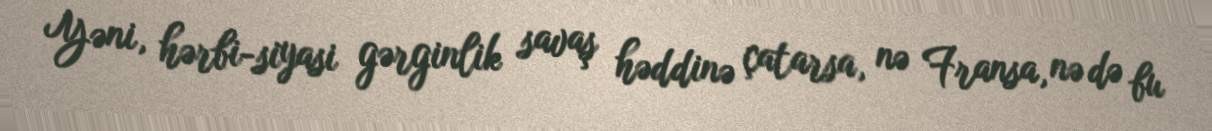
Yəni, hərbi-siyasi gərginlik savaş həddinə çatarsa, nə Fransa, nə də bu